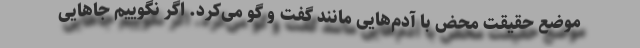
موضع حقیقت محض با آدم‌هایی مانند گفت و گو می‌کرد. اگر نگوییم جاهایی